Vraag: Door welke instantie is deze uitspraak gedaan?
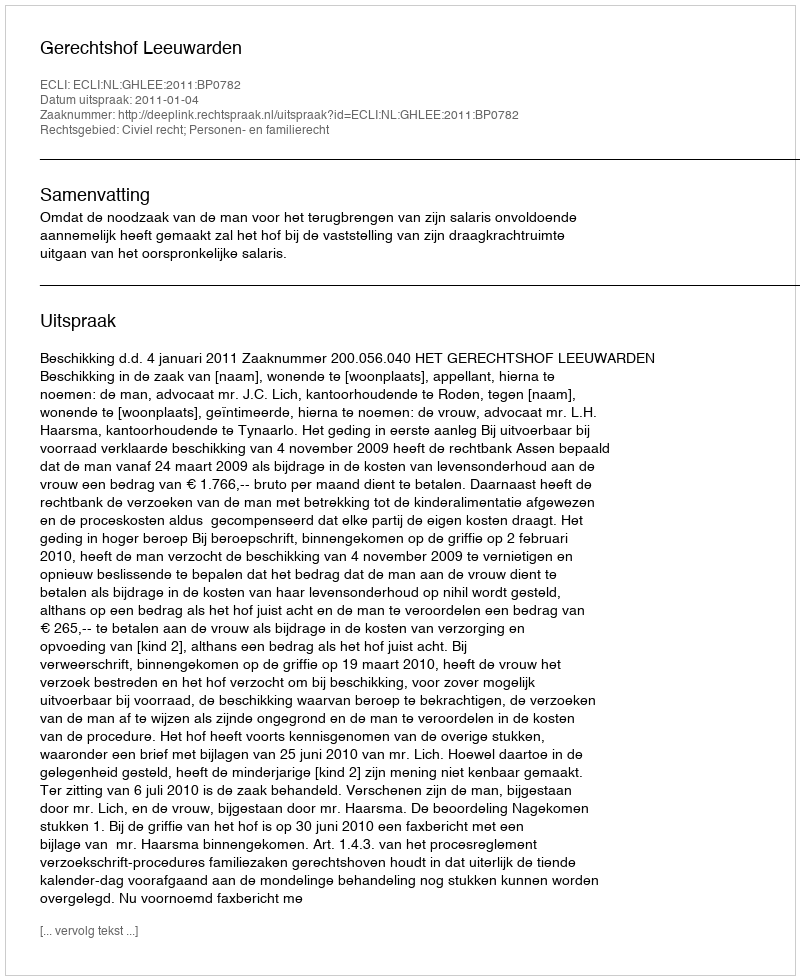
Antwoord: Gerechtshof Leeuwarden